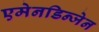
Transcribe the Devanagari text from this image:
एमेनडिन्जेन